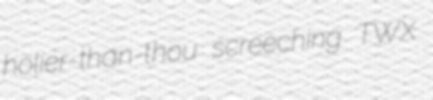
holier-than-thou screeching TWX